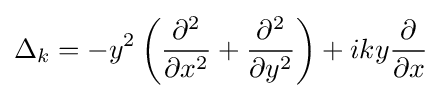
\Delta _{k}=-y^{2}\left({\frac {\partial ^{2}}{\partial x^{2}}}+{\frac {\partial ^{2}}{\partial y^{2}}}\right)+iky{\frac {\partial }{\partial x}}